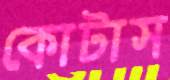
কোটাস